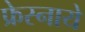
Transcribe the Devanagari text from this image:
फ्रेस्नाये